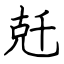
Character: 兛